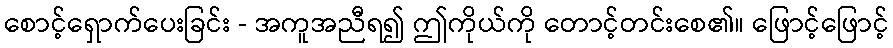
စောင့်ရှောက်ပေးခြင်း - အကူအညီရ၍ ဤကိုယ်ကို တောင့်တင်းစေ၏။ ဖြောင့်ဖြောင့်